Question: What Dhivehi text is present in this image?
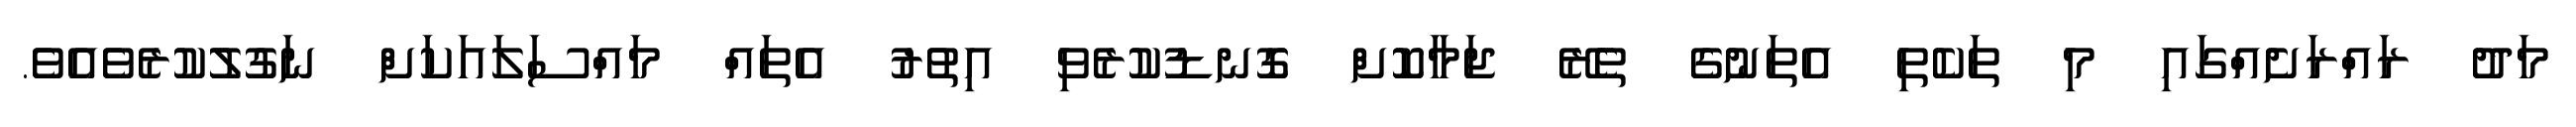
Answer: މަދު ރައްރަށެއްގައި މި ތަކެތި އެތަނުގެ ތެރޭ ޖަމާކޮށް ގޮނޑުކުރެވި އިތުރު އެތައް މައްސަލައަކަށް ނަގުލުކުރެވެއެވެ.